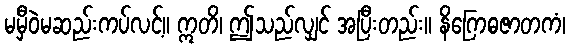
မမှီဝဲမဆည်းကပ်လင့်။ ဣတိ၊ ဤသည်လျှင် အပြီးတည်း။ နိဂြောဓဇာတကံ၊